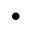
\bullet